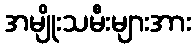
အမျိုးသမီးများအား